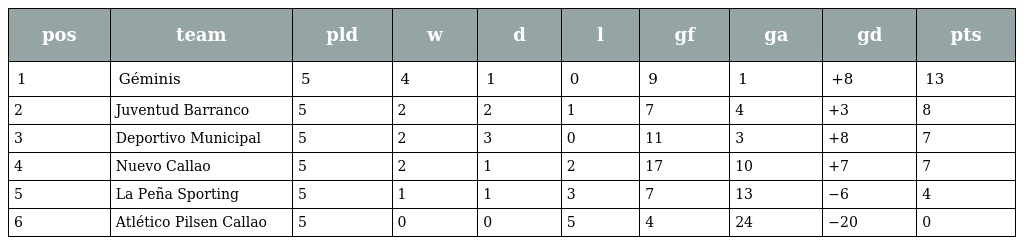
| pos | team | pld | w | d | l | gf | ga | gd | pts |
 | --- | --- | --- | --- | --- | --- | --- | --- | --- | --- |
 | 1 | Géminis | 5 | 4 | 1 | 0 | 9 | 1 | +8 | 13 |
 | 2 | Juventud Barranco | 5 | 2 | 2 | 1 | 7 | 4 | +3 | 8 |
 | 3 | Deportivo Municipal | 5 | 2 | 3 | 0 | 11 | 3 | +8 | 7 |
 | 4 | Nuevo Callao | 5 | 2 | 1 | 2 | 17 | 10 | +7 | 7 |
 | 5 | La Peña Sporting | 5 | 1 | 1 | 3 | 7 | 13 | −6 | 4 |
 | 6 | Atlético Pilsen Callao | 5 | 0 | 0 | 5 | 4 | 24 | −20 | 0 |